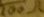
Text: 100Ω